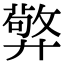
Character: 㢣